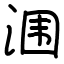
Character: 涠